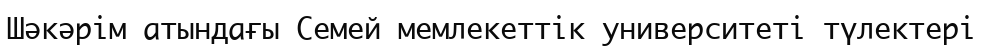
Шәкәрім атындағы Семей мемлекеттік университеті түлектері